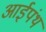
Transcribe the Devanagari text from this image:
आईपंथ